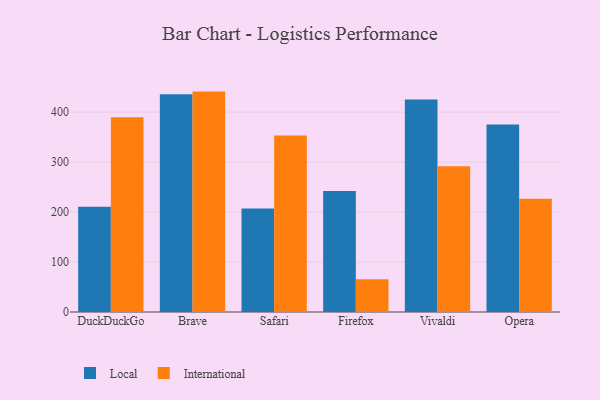
{"axis": {"x": "Browser", "y": "Tickets Resolved"}, "legend": ["International", "Local"], "data": [{"x": "DuckDuckGo", "y": 210.5, "type": "Local"}, {"x": "DuckDuckGo", "y": 389.6, "type": "International"}, {"x": "Brave", "y": 435.6, "type": "Local"}, {"x": "Brave", "y": 441.0, "type": "International"}, {"x": "Safari", "y": 207.3, "type": "Local"}, {"x": "Safari", "y": 353.0, "type": "International"}, {"x": "Firefox", "y": 242.2, "type": "Local"}, {"x": "Firefox", "y": 65.6, "type": "International"}, {"x": "Vivaldi", "y": 425.4, "type": "Local"}, {"x": "Vivaldi", "y": 291.7, "type": "International"}, {"x": "Opera", "y": 375.1, "type": "Local"}, {"x": "Opera", "y": 226.4, "type": "International"}]}